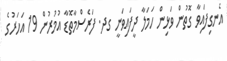
އެނގިފައިވާ ގޮތުން ވަޅިން ހަމަލާ ދީފައިވަނީ ގދ. ފަރެސްމާތޮޑާ އުމުރުން 19 އަހަރުގެ